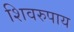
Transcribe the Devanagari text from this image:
शिवरुपाय